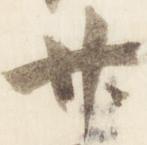
廿